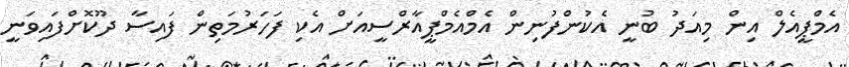
އެމްޕީއެލް އިން މިއަދު ބުނީ އެކުންފުނިން އެމްއެމްޕީއާރްސީއަށް އެކި ފަހަރުމަތިން ފައިސާ ދޫކޮށްފައިވަނީ